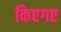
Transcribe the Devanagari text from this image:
किएगए